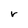
Character: r